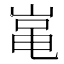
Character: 𡸾